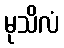
မုသိလံ